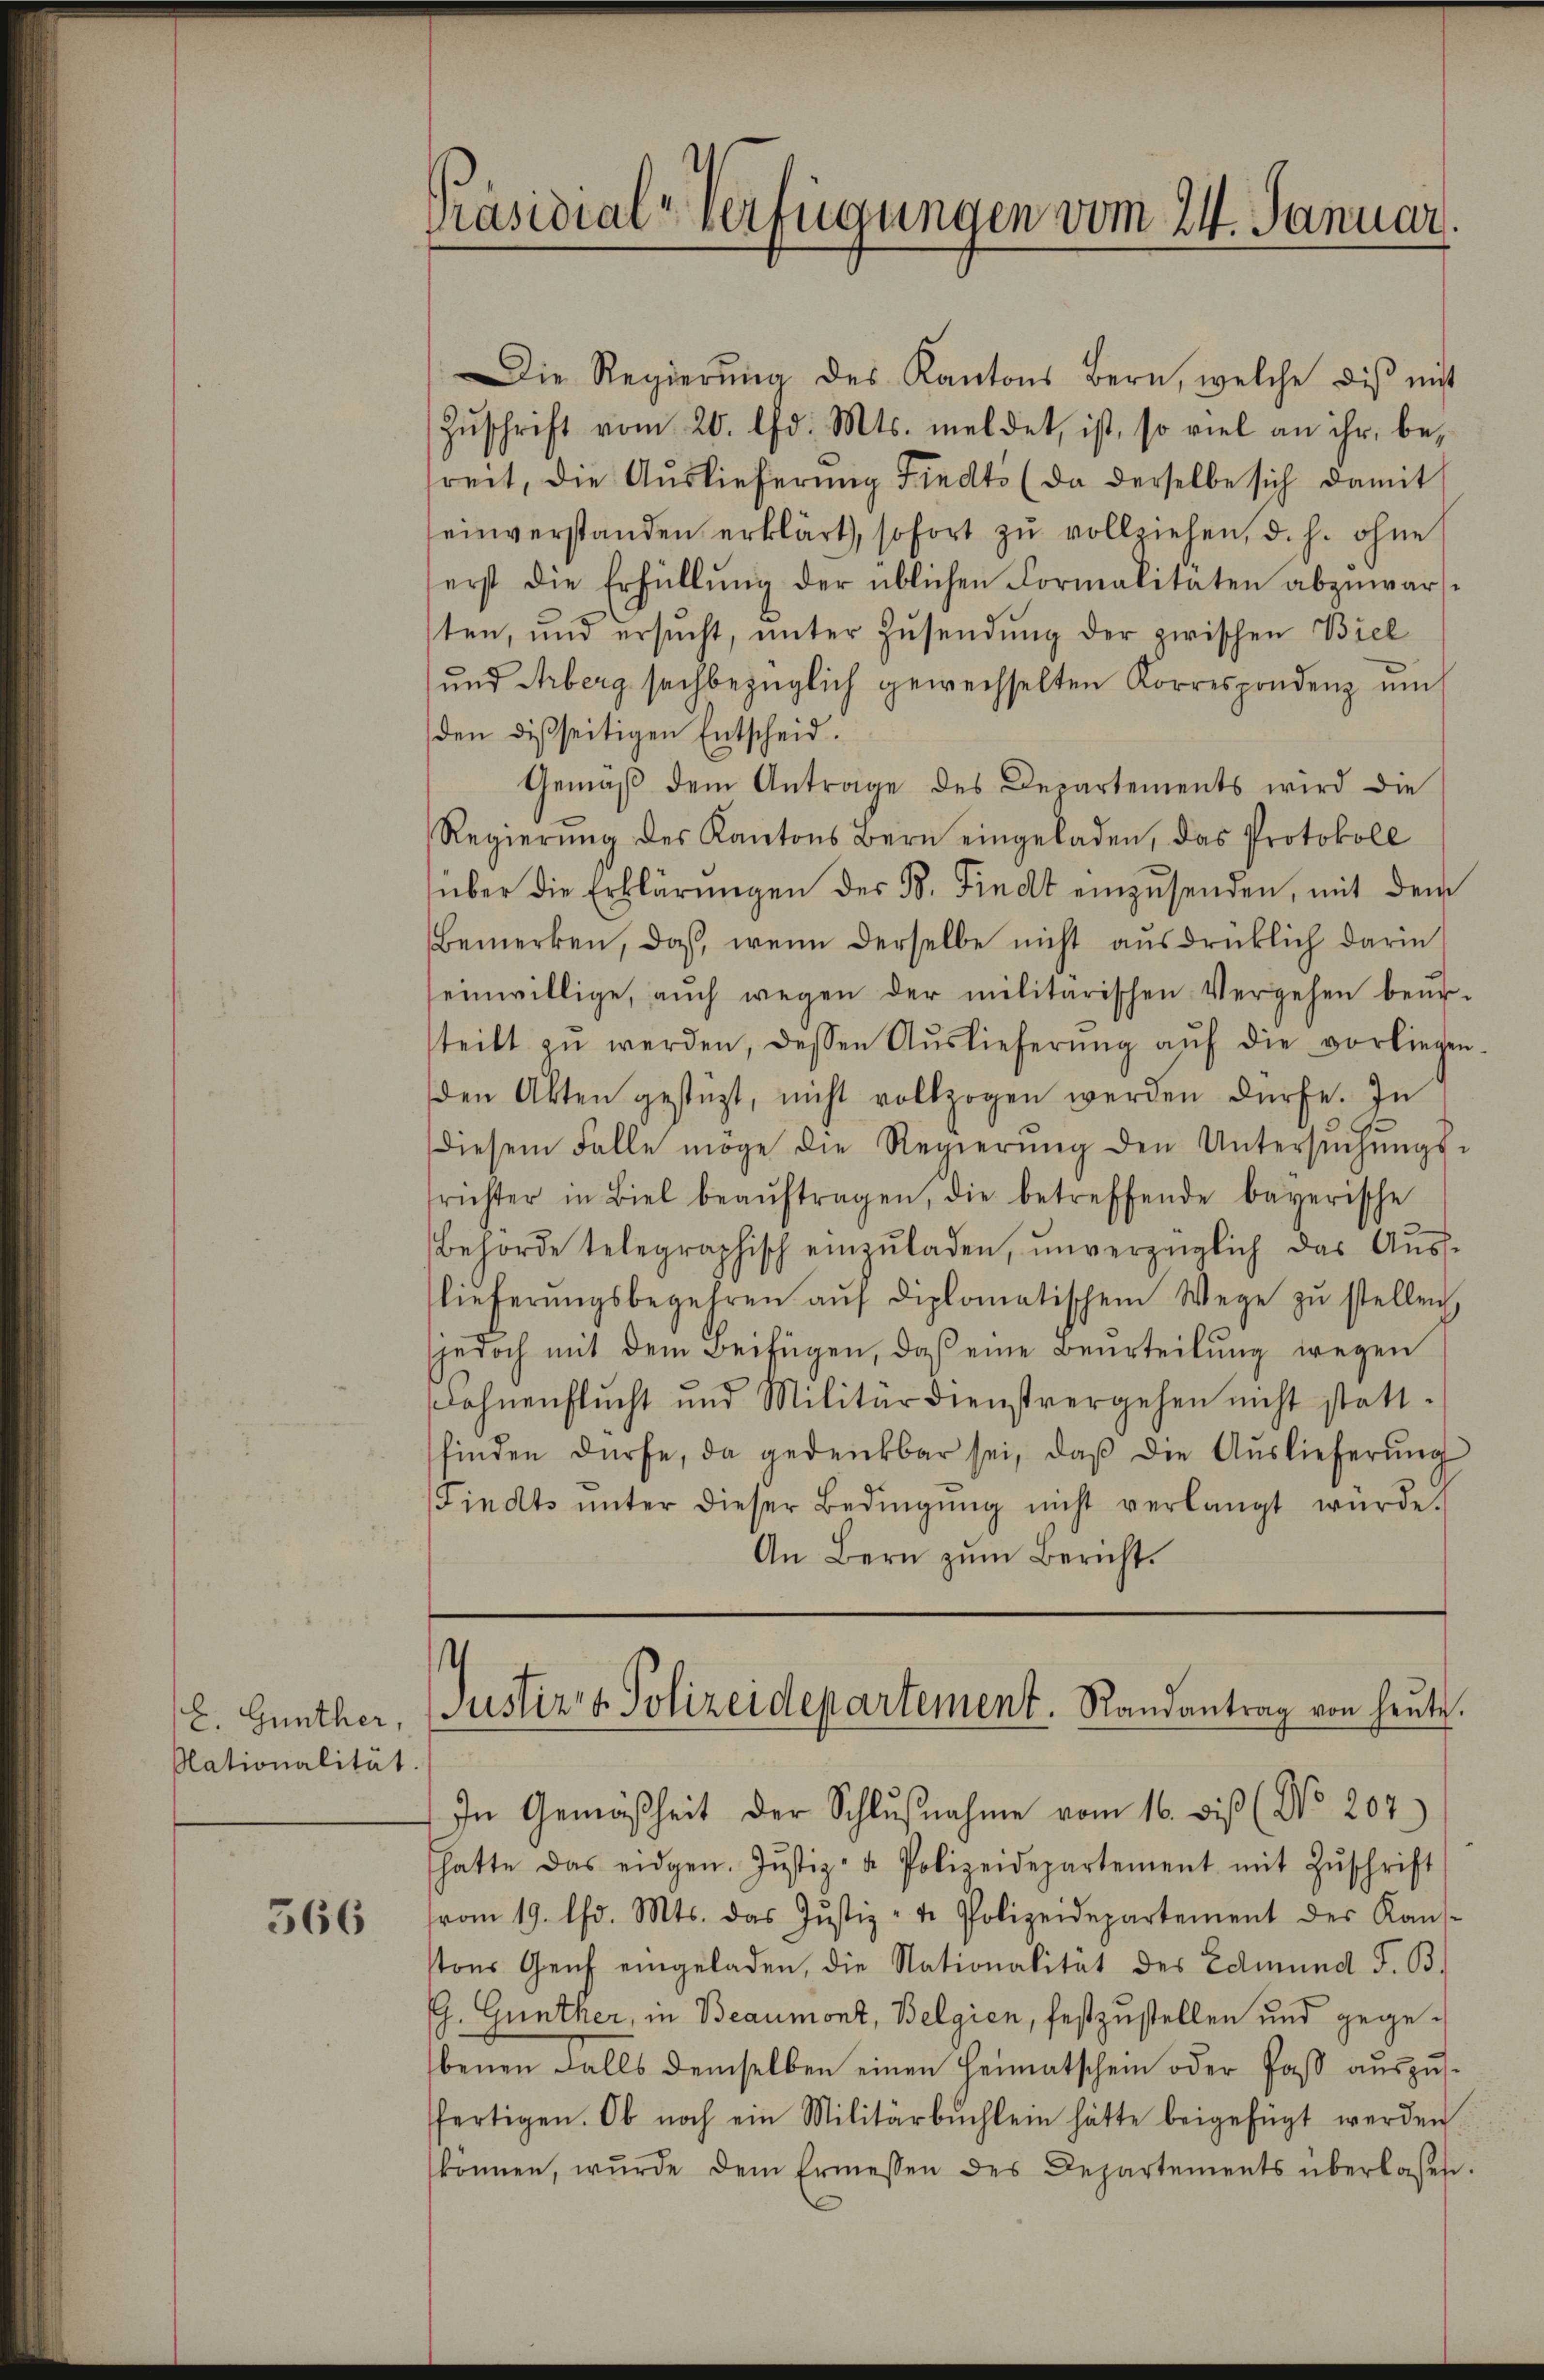
b. Günther,
Nationalität

566

Präsidial-Verfügungen vom 24. Januar.

Die Regierŭng des Kantons Bern, welche dis mit
Zŭschrift vom 20. d. Mts. meldet, ist, so viel an ihr, be-
freit, die Auslieferung Friedts (da derselbe sich damit
einverstanden erklärt, sofort zŭ vollziehen, d. h. ohne
erst die Erfüllŭng der üblichen Formalitäten abzŭwarst
ten, und ersucht, unter Zŭsendung der zwischen Biel
und Arberg sachbezüglich gewechselten Korrespondenz um
den disseitigen Entscheid.
Gemäβ dem Antrage des Departements wird die
Regierŭng des Kantons Bern eingeladen, das Protokoll
über die Erklärŭngen der B. Findt einzŭsenden, mit dem
Bemerken, daß, wenn derselbe nicht ausdrücklich darin
einwillige, aŭch wegen der militarischen Vergehen beŭr-
steilt zŭ werden, dessen Aŭslieferŭng aŭf die vorliegen-
den Akten gestüzt, nicht vollzogen werden dürfe. In
diesem Falle möge die Regierŭng den Untersŭchŭngs-
richter in Biel beaŭftragen, die betreffende bayerische
Behörde telegraphisch einzŭladen, unverzüglich das Aus-
lieferŭngsbegehren aŭf diplomatischem Wege zŭ stellen.
jedoch mit dem Beifügen, daß eine Beurteilung wegen
Dohnenflŭcht und Militärdienstvergehen nicht statt-
finden dürfe, da gedenkbar sei, daβ die Auslieferŭng
Findts ŭnter dieser Bedingŭng nicht verlangt würde.
An Bern zum Bericht.

Justiz & Polizeidepartement. Randantrag von heŭte.

In Gemäßheit der Schlŭβnahme vom 16. bis (No. 207.)
hatte das eidgen. Jŭstiz- u. Polizeidepartement mit Zŭschrift
vom 19. Chr. Mts. das Jŭstiz- u. Polizeidepartement des Kans-
tons Genf eingeladen, die Nationalität des Edmund F. B.
G. Günther, in Beaumont, Belgien, festzustellen und gegebenen Falls demselben einen Heimatschein oder Paß auszusfertigen. Ob noch ein Militärbŭchlein hätte beigefügt werden.
können, wurde dem Ermessen des Departements überlaßen.